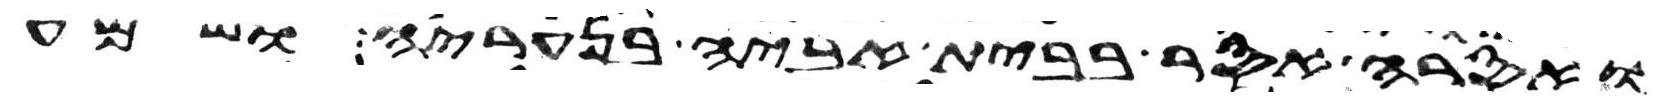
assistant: ואסרה אסר בבית אביה בנעריה ושמע